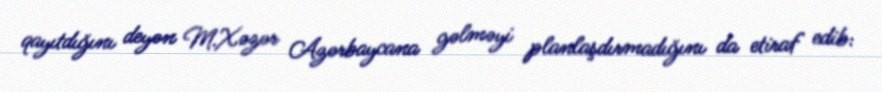
qayıtdığını deyən M.Xəzər Azərbaycana gəlməyi planlaşdırmadığını da etiraf edib: